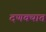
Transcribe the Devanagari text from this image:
दणक्यात